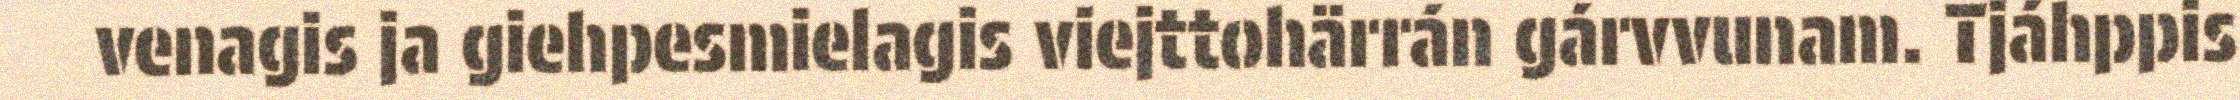
venagis ja giehpesmielagis viejttohärrán gárvvunam. Tjáhppis